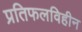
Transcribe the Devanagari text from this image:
प्रतिफलविहीन